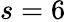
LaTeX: s=6